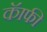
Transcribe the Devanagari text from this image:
कॅाफी